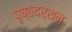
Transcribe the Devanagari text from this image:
पृष्ठदर्शन